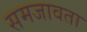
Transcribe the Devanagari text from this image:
समजावता